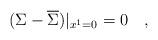
LaTeX: \begin{align*}(\Sigma - \overline{\Sigma})|_{x^1=0} =0\quad,\end{align*}